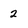
Character: 2